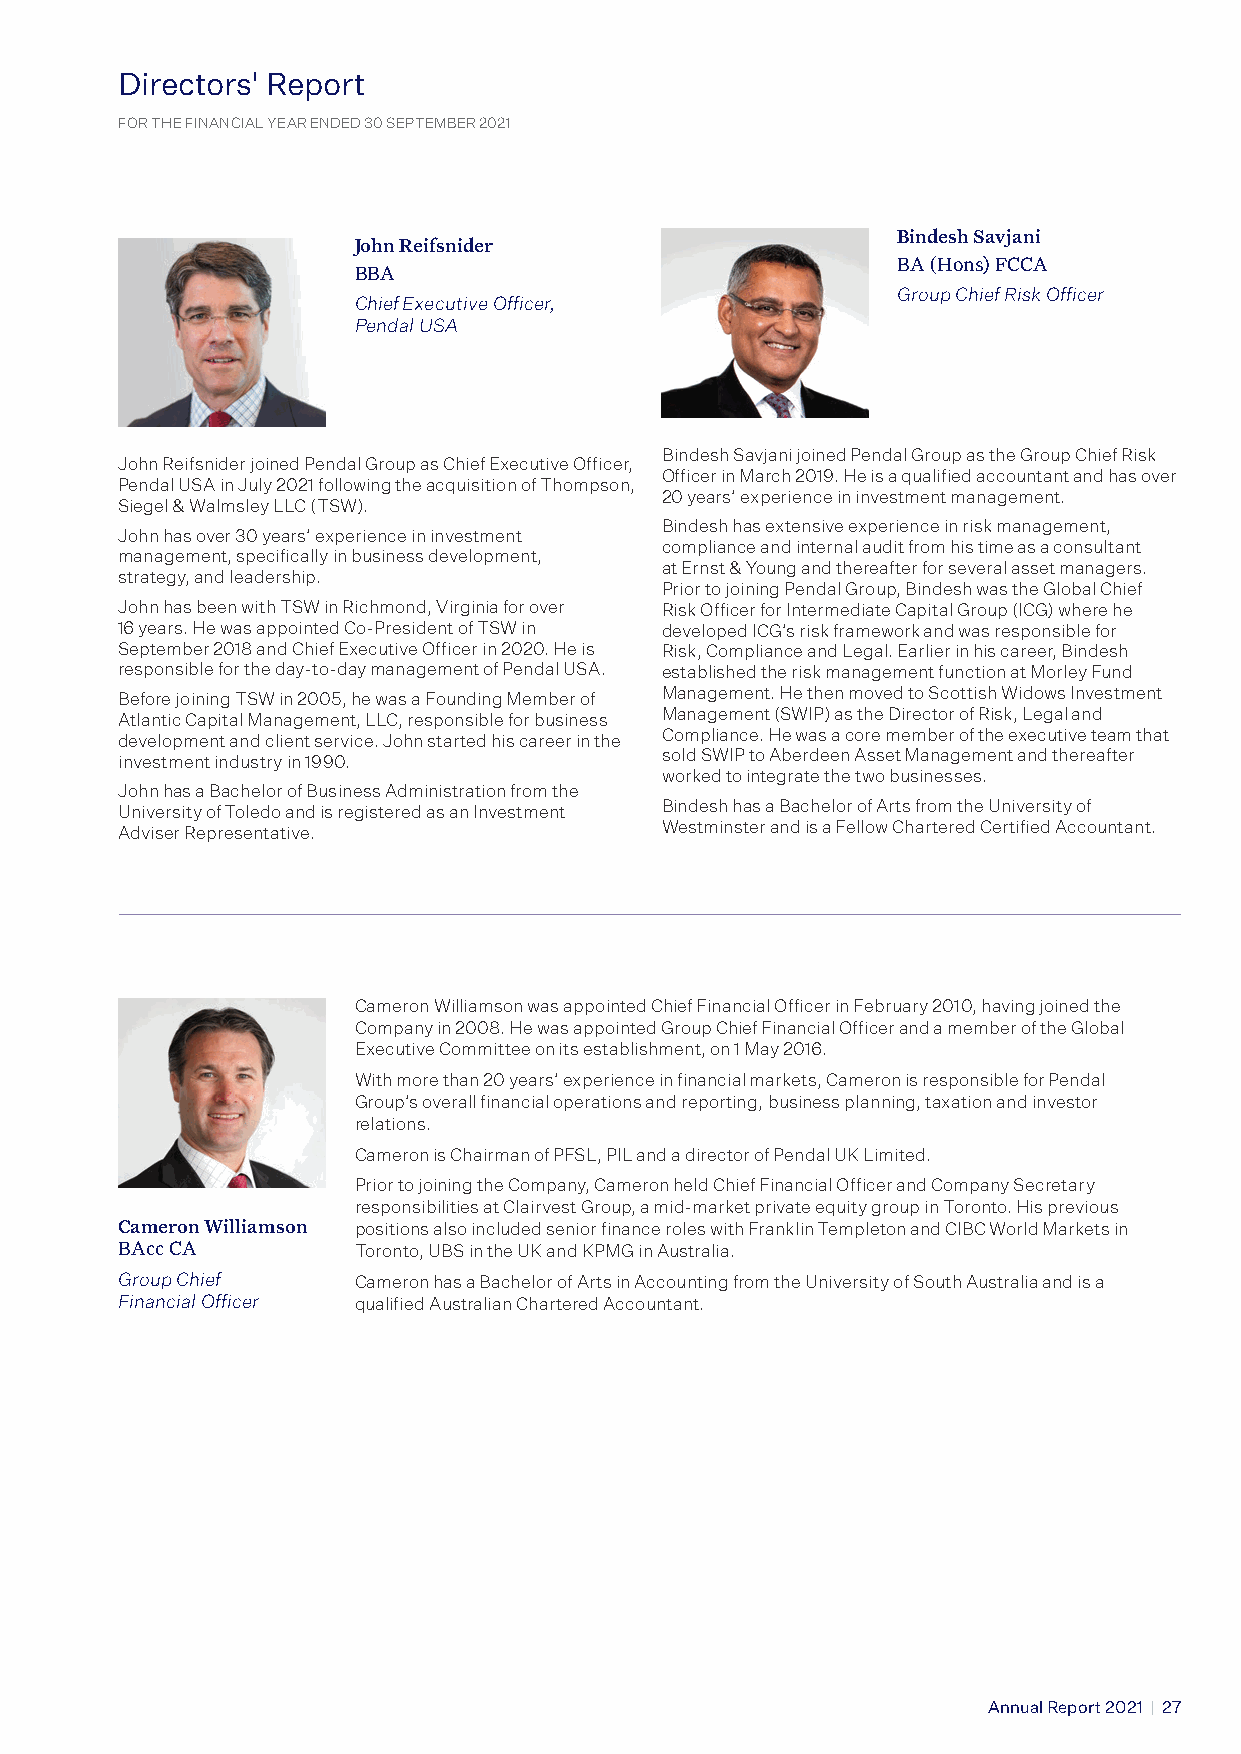
DDiirreeccttoorrss'' RReeppoorrtt
 FFOORR TTHHEE FFIINNAANNCCIIAALL YYEEAARR EENNDDEEDD 3300 SSEEPPTTEEMMBBEERR 22002211
 Bindesh Savjani
 John Reifsnider
 BA (Hons) FCCA
 BBA
 Group Chief Risk Officer
 Chief Executive Officer,
 Pendal USA
 Bindesh Savjani joined Pendal Group as the Group Chief Risk
 John Reifsnider joined Pendal Group as Chief Executive Officer,
 Officer in March 2019. He is a qualified accountant and has over
 Pendal USA in July 2021 following the acquisition of Thompson,
 20 years’ experience in investment management.
 Siegel & Walmsley LLC (TSW).
 Bindesh has extensive experience in risk management,
 John has over 30 years’ experience in investment
 compliance and internal audit from his time as a consultant
 management, specifically in business development,
 at Ernst & Young and thereafter for several asset managers.
 strategy, and leadership.
 Prior to joining Pendal Group, Bindesh was the Global Chief
 John has been with TSW in Richmond, Virginia for over Risk Officer for Intermediate Capital Group (ICG) where he
 16 years. He was appointed Co-President of TSW in developed ICG’s risk framework and was responsible for
 September 2018 and Chief Executive Officer in 2020. He is Risk, Compliance and Legal. Earlier in his career, Bindesh
 responsible for the day-to-day management of Pendal USA. established the risk management function at Morley Fund
 Before joining TSW in 2005, he was a Founding Member of Management. He then moved to Scottish Widows Investment
 Atlantic Capital Management, LLC, responsible for business Management (SWIP) as the Director of Risk, Legal and
 development and client service. John started his career in the Compliance. He was a core member of the executive team that
 investment industry in 1990.        sold SWIP to Aberdeen Asset Management and thereafter
 worked to integrate the two businesses.
 John has a Bachelor of Business Administration from the
 University of Toledo and is registered as an Investment Bindesh has a Bachelor of Arts from the University of
 Adviser Representative.             Westminster and is a Fellow Chartered Certified Accountant.
 Cameron Williamson was appointed Chief Financial Officer in February 2010, having joined the
 Company in 2008. He was appointed Group Chief Financial Officer and a member of the Global
 Executive Committee on its establishment, on 1 May 2016.
 With more than 20 years’ experience in financial markets, Cameron is responsible for Pendal
 Group’s overall financial operations and reporting, business planning, taxation and investor
 relations.
 Cameron is Chairman of PFSL, PIL and a director of Pendal UK Limited.
 Prior to joining the Company, Cameron held Chief Financial Officer and Company Secretary
 responsibilities at Clairvest Group, a mid-market private equity group in Toronto. His previous
 Cameron Williamson positions also included senior finance roles with Franklin Templeton and CIBC World Markets in
 BAcc CA        Toronto, UBS in the UK and KPMG in Australia.
 Group Chief    Cameron has a Bachelor of Arts in Accounting from the University of South Australia and is a
 Financial Officer qualified Australian Chartered Accountant.
 30 | Pendal Group
 Annual Report 2021 | 27